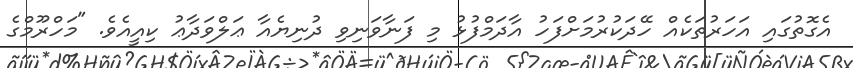
އެގޮތުގައި އަހަރުތަކެއް ހޭދަކުރުމަށްފަހު އާދަމްފުޅު މި ފަނާވަނިވި ދުނިޔެއާ ޢަލްވަދާޢު ކިއީއެވެ. "މަހްރޫމްގެ